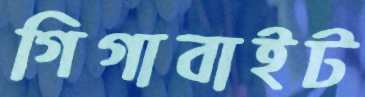
গিগাবাইট